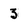
Character: 3